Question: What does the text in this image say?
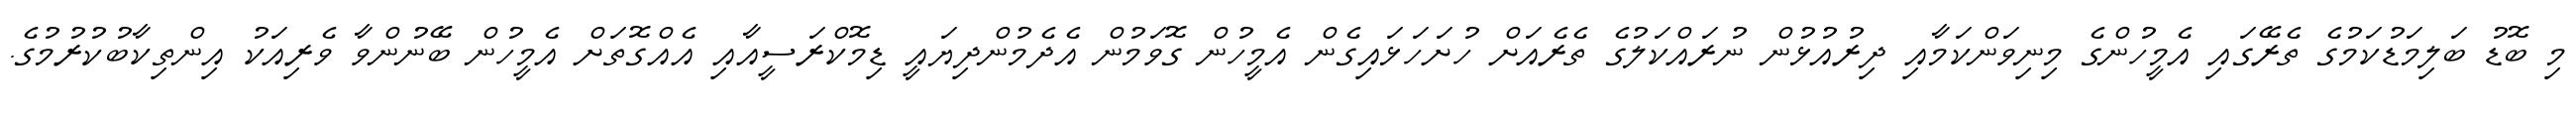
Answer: މި ބޮޑު ބަލިމަޑުކަމުގެ ތެރޭގައި އެމީހުންގެ މިނިވަންކަމާއި ދިރުއުޅުން ނުރައްކަލުގެ ތެރެއަށް ހުށަހަޅައިގެން އެމީހުން ގޮވަމުން އެދެމުންދިޔައީ ޑިމޮކްރަސީއާއި އެއްގޮތަށް އެމީހުން ބޭނުންވާ ވެރިއަކު އިންތިކާބުކުރުމުގެ.